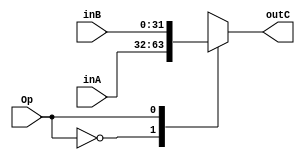
`timescale 1ns/1ns

module Muxyj(
    input [31:0]inA,
    input [31:0]inB,
    input Op,
    output reg[31:0]outC
);

always @*
begin
    case (Op)
        1'b0:
        begin
            outC=inA;
        end
        1'b1:
        begin
            outC=inB;
        end
    endcase
end 

endmodule